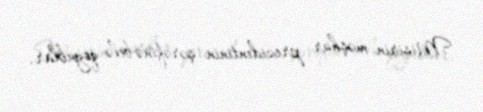
Misirin məşhur prezidentinin şərəfinə belə qoyublar.